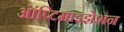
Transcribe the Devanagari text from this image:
ऑप्टिमाइझेशन